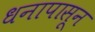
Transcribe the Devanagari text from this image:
धनापासून